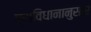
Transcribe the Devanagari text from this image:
प्राविधानानुसार